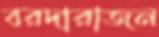
বরদারাজন